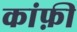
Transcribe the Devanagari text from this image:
कांफ़ी